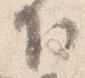
下